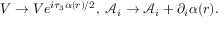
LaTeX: V \rightarrow V e ^ { i \tau _ { 3 } \alpha ( r ) / 2 } , \; { \mathcal { A } } _ { i } \rightarrow { \mathcal { A } } _ { i } + \partial _ { i } \alpha ( r ) .